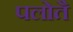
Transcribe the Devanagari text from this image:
पलोतै